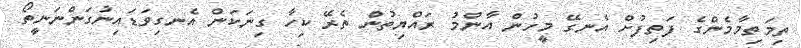
ތިމަތިމާމެންގެ ފަތިފުށް އެނގޭ މީހުން އާންމު ރައްޔިތުން ތެރޭ ކިހާ ގިނަކަން އެނގިވަޑައިނުގަންނަނީތޯ